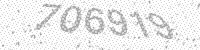
Solution: 706919